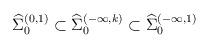
LaTeX: \begin{align*}{\widehat \Sigma}_{0}^{(0, 1)}\subset {\widehat \Sigma}_{0}^{(-\infty, k)}\subset {\widehat \Sigma}_{0}^{(-\infty, 1)}\end{align*}